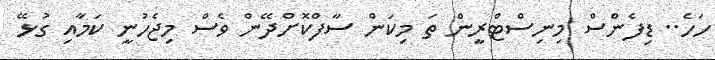
ހަހެ.. ޑިފެންސް މިނިސްޓްރީން ތަ މިކަން ސާފްކޮށްދޭން ވެސް މިޖެހުނީ ކަމާއި ގުޅޭ